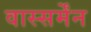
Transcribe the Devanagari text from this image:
वास्सर्मेंन